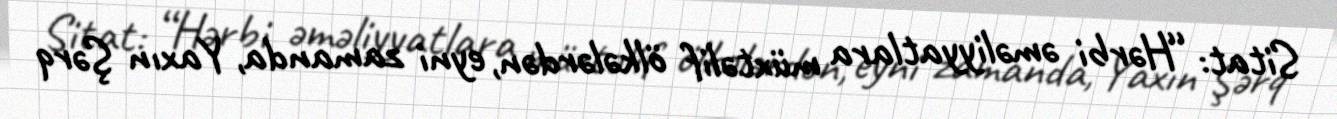
Sitat: “Hərbi əməliyyatlara müxtəlif ölkələrdən, eyni zamanda, Yaxın Şərq